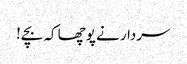
سردار نے پوچھا کہ بچے!